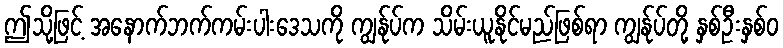
ဤသို့ဖြင့် အနောက်ဘက်ကမ်းပါးဒေသကို ကျွန်ုပ်က သိမ်းယူနိုင်မည်ဖြစ်ရာ ကျွန်ုပ်တို့ နှစ်ဦးနှစ်ဝ